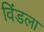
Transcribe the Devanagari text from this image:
विंडला